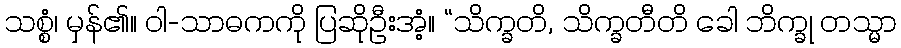
သစ္စံ၊ မှန်၏။ ဝါ-သာဓကကို ပြဆိုဦးအံ့။ “သိက္ခတိ, သိက္ခတီတိ ခေါ ဘိက္ခု တသ္မာ